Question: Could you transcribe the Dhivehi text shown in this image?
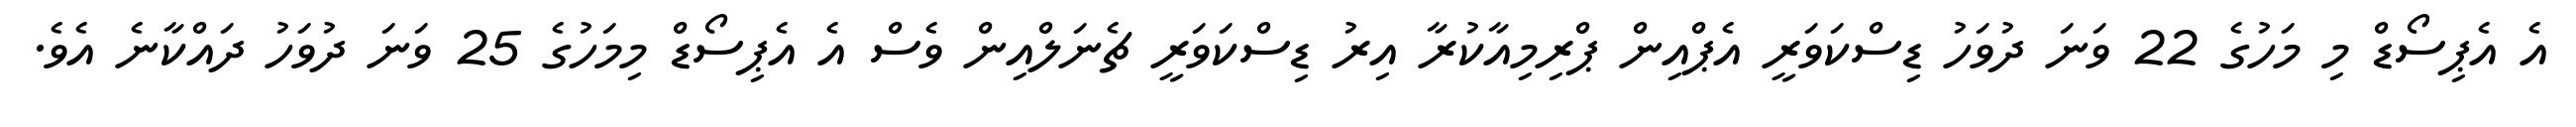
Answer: އެ އެޕިސޯޑް މި މަހުގެ 22 ވަނަ ދުވަހު ޑިސްކަވަރީ އެޕްއިން ޕްރިމިއާކުރާ އިރު ޑިސްކަވަރީ ޗެނަލްއިން ވެސް އެ އެޕިސޯޑް މިމަހުގެ 25 ވަނަ ދުވަހު ދައްކާނެ އެވެ.